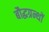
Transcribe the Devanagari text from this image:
बौद्धग्रन्थों